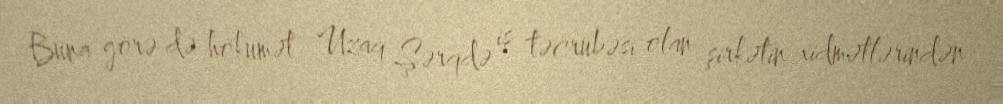
Buna görə də hökumət Uzaq Şərqdə iş təcrübəsi olan şirkətin xidmətlərindən